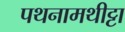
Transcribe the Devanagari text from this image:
पथनामथीट्टा